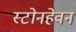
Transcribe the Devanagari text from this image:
स्टोनहेवन